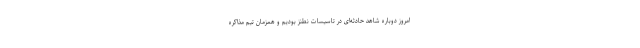
امروز دوباره شاهد حادثه‌ای در تاسیسات نطنز بودیم و همزمان تیم مذاکره